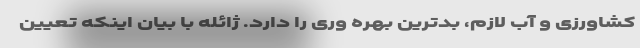
کشاورزی و آب لازم، بدترین بهره وری را دارد. ژائله با بیان اینکه تعیین